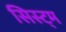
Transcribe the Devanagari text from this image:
सिस्ट्म